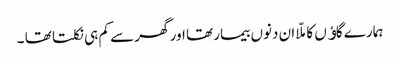
ہمارے گاﺅں کا ملّا ان دنوں بیمار تھا اور گھر سے کم ہی نکلتا تھا ۔